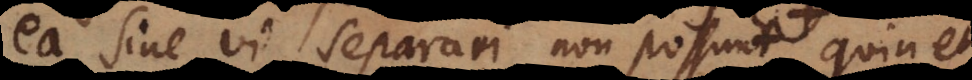
ea sine vi separari non possunt, quin et